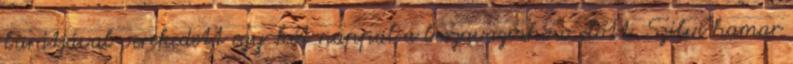
barátjával verekedett egy-két nappal a beszavazóshow előtt. Szilvi hamar